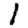
Digit: 1